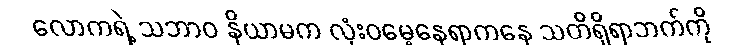
လောကရဲ့ သဘာဝ နိယာမက လုံးဝမေ့နေရာကနေ သတိရှိရာဘက်ကို